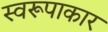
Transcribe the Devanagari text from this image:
स्वरूपाकार